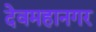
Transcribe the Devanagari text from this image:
देवमहानगर